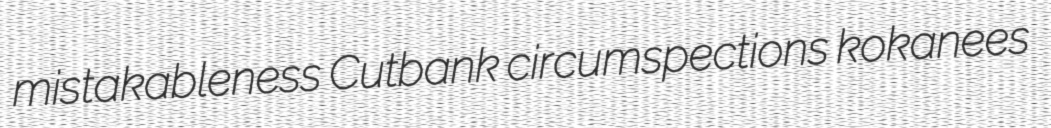
mistakableness Cutbank circumspections kokanees